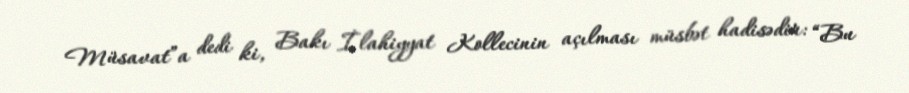
Müsavat”a dedi ki, Bakı İlahiyyat Kollecinin açılması müsbət hadisədir: “Bu